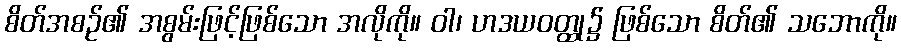
စိတ်အစဉ်၏ အစွမ်းဖြင့်ဖြစ်သော အလိုကို။ ဝါ၊ ဟဒယဝတ္ထု၌ ဖြစ်သော စိတ်၏ သဘောကို။